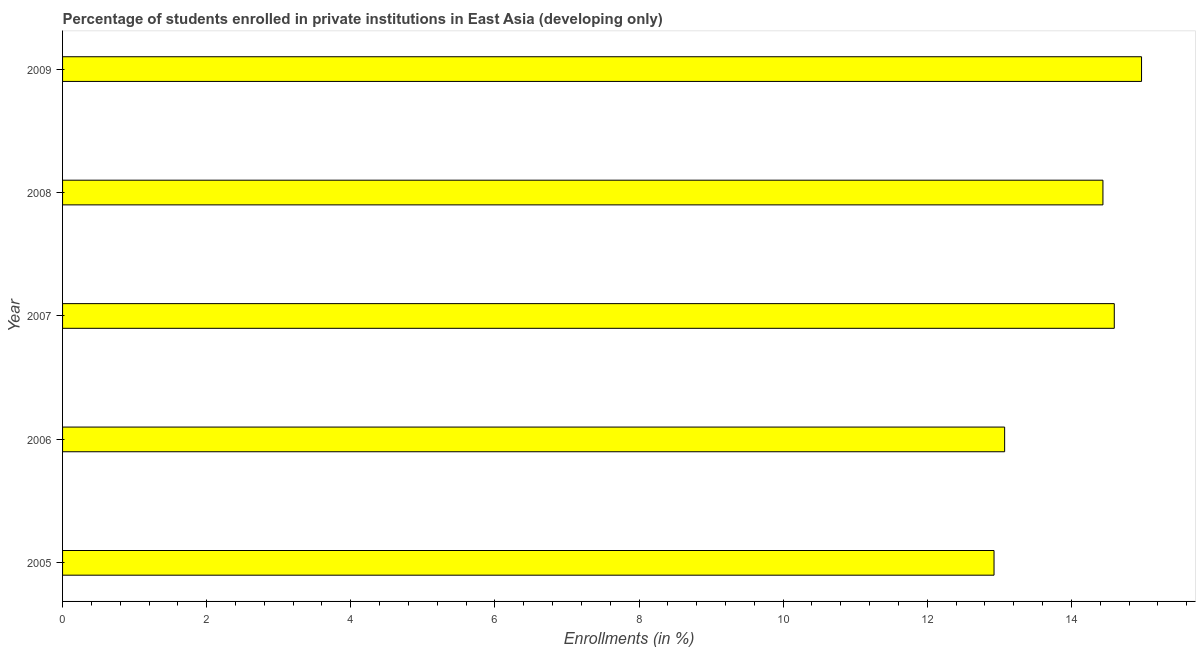
| Year | Enrollments |
 | --- | --- |
 | 2005 | 12.9 |
 | 2006 | 13.1 |
 | 2007 | 14.6 |
 | 2008 | 14.4 |
 | 2009 | 15 |